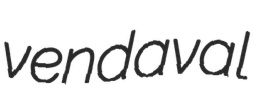
vendaval